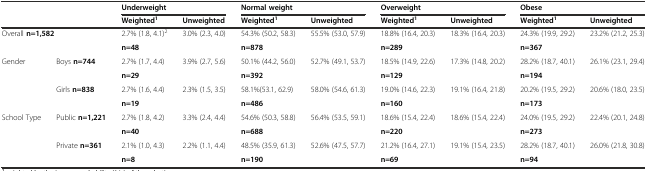
<table><thead><tr><td rowspan="2" colspan="2"></td><td colspan="2"><b>Underweight</b></td><td colspan="2"><b>Normal weight</b></td><td colspan="2"><b>Overweight</b></td><td colspan="2"><b>Obese</b></td></tr><tr><td><b>Weighted<sup>1</sup></b></td><td><b>Unweighted</b></td><td><b>Weighted<sup>1</sup></b></td><td><b>Unweighted</b></td><td><b>Weighted<sup>1</sup></b></td><td><b>Unweighted</b></td><td><b>Weighted<sup>1</sup></b></td><td><b>Unweighted</b></td></tr></thead><tbody><tr><td rowspan="2" colspan="2">Overall <b>n=1,582</b></td><td>2.7% (1.8, 4.1)<sup>2</sup></td><td>3.0% (2.3, 4.0)</td><td>54.3% (50.2, 58.3)</td><td>55.5% (53.0, 57.9)</td><td>18.8% (16.4, 20.3)</td><td>18.3% (16.4, 20.3)</td><td>24.3% (19.9, 29.2)</td><td>23.2% (21.2, 25.3)</td></tr><tr><td colspan="2"><b>n=48</b></td><td colspan="2"><b>n=878</b></td><td colspan="2"><b>n=289</b></td><td colspan="2"><b>n=367</b></td></tr><tr><td rowspan="4">Gender</td><td rowspan="2">Boys <b>n=744</b></td><td>2.7% (1.7, 4.4)</td><td>3.9% (2.7, 5.6)</td><td>50.1% (44.2, 56.0)</td><td>52.7% (49.1, 53.7)</td><td>18.5% (14.9, 22.6)</td><td>17.3% (14.8, 20.2)</td><td>28.2% (18.7, 40.1)</td><td>26.1% (23.1, 29.4)</td></tr><tr><td colspan="2"><b>n=29</b></td><td colspan="2"><b>n=392</b></td><td colspan="2"><b>n=129</b></td><td colspan="2"><b>n=194</b></td></tr><tr><td rowspan="2">Girls <b>n=838</b></td><td>2.7% (1.6, 4.4)</td><td>2.3% (1.5, 3.5)</td><td>58.1%(53.1, 62.9)</td><td>58.0% (54.6, 61.3)</td><td>19.0% (14.6, 22.3)</td><td>19.1% (16.4, 21.8)</td><td>20.2% (19.5, 29.2)</td><td>20.6% (18.0, 23.5)</td></tr><tr><td colspan="2"><b>n=19</b></td><td colspan="2"><b>n=486</b></td><td colspan="2"><b>n=160</b></td><td colspan="2"><b>n=173</b></td></tr><tr><td rowspan="4">School Type</td><td rowspan="2">Public <b>n=1,221</b></td><td>2.7% (1.8, 4.2)</td><td>3.3% (2.4, 4.4)</td><td>54.6% (50.3, 58.8)</td><td>56.4% (53.5, 59.1)</td><td>18.6% (15.4, 22.4)</td><td>18.6% (15.4, 22.4)</td><td>24.0% (19.5, 29.2)</td><td>22.4% (20.1, 24.8)</td></tr><tr><td colspan="2"><b>n=40</b></td><td colspan="2"><b>n=688</b></td><td colspan="2"><b>n=220</b></td><td colspan="2"><b>n=273</b></td></tr><tr><td rowspan="2">Private <b>n=361</b></td><td>2.1% (1.0, 4.3)</td><td>2.2% (1.1, 4.4)</td><td>48.5% (35.9, 61.3)</td><td>52.6% (47.5, 57.7)</td><td>21.2% (16.4, 27.1)</td><td>19.1% (15.4, 23.5)</td><td>28.2% (18.7, 40.1)</td><td>26.0% (21.8, 30.8)</td></tr><tr><td colspan="2"><b>n=8</b></td><td colspan="2"><b>n=190</b></td><td colspan="2"><b>n=69</b></td><td colspan="2"><b>n=94</b></td></tr></tbody></table>